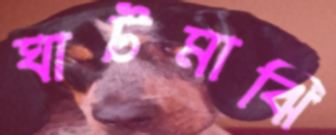
ঘাটমাঝি